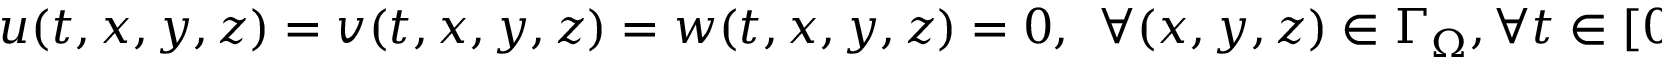
u ( t , x , y , z ) = v ( t , x , y , z ) = w ( t , x , y , z ) = 0 , ~ ~ \forall ( x , y , z ) \in \Gamma _ { \Omega } , \forall t \in [ 0 , T ] ,